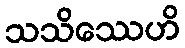
သသိဿေဟိ